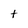
Character: t